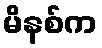
မိနစ်က